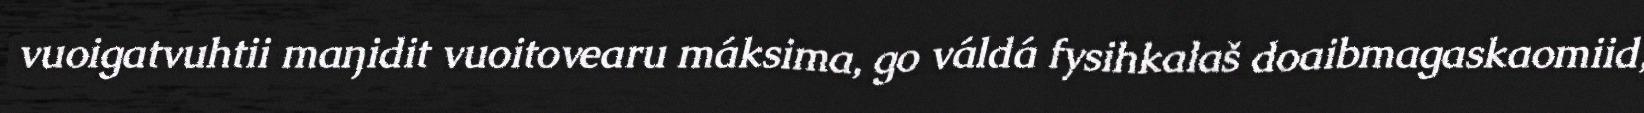
vuoigatvuhtii maŋidit vuoitovearu máksima, go váldá fysihkalaš doaibmagaskaomiid,